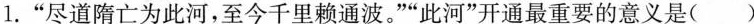
1.”尽道隋亡为此河，至今千里赖通波。””此河”开通最重要的意义是( )